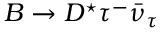
B \to D ^ { \star } \tau ^ { - } \bar { \nu } _ { \tau }